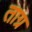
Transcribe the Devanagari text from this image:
ताग्र